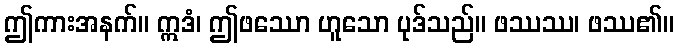
ဤကားအနက်။ ဣဒံ၊ ဤဖဿော ဟူသော ပုဒ်သည်။ ဖဿဿ၊ ဖဿ၏။